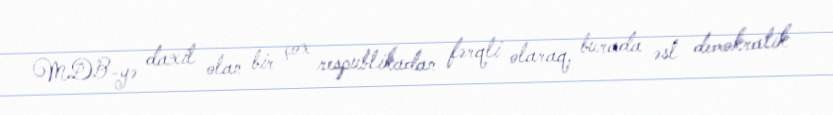
MDB-yə daxil olan bir çox respublikadan fərqli olaraq, burada əsl demokratik